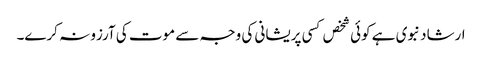
ارشاد نبوی ہے کوئی شخص کسی پریشانی کی وجہ سے موت کی آرزو نہ کرے۔